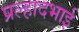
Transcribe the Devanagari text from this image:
प्रल्हादभाई